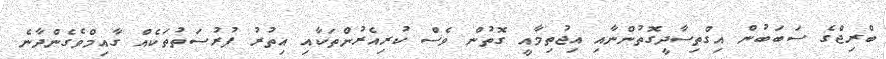
ބްރިޖްގެ ސަބަބުން އިގްތިސާދީގޮތުންނާއި އިޖުތިމާއީ ގޮތުން ވެސް ކުރިއެރުންތަކާއި އިތުރު ފުރުސަތުތަކެއް ގާއިމްވެގެންދާނެ